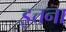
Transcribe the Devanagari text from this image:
इत्तना